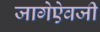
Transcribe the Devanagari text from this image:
जागेऐवजी